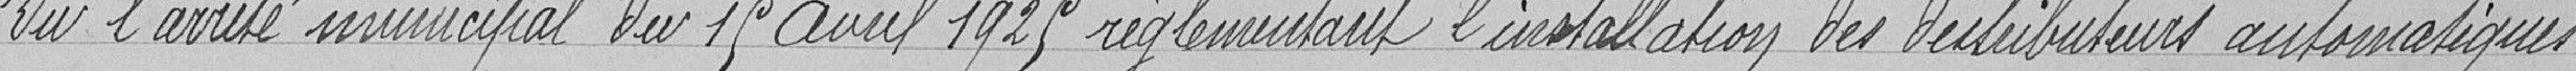
Vu l'arrêté municipal du 15 avril 1925 réglementant l'installation des distributeurs automatiques